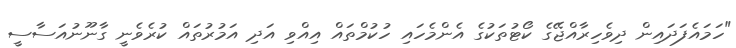
"ހަމައެފަދައިން ދިވެހިރާއްޖޭގެ ކޯޓުތަކުގެ އެންމެހައި ހުކުމްތައް އިއްވި އަދި އަމުރުތައް ކުރެވެނީ ގާނޫނުއަސާސީ